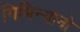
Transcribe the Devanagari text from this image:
गिमिन्यानो